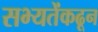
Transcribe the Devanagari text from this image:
सभ्यतेंकढून